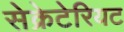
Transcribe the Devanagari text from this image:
सेक्रेटेरियट